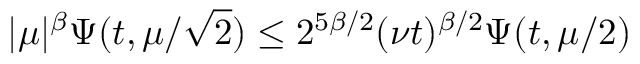
| \mu | ^ { \beta } \Psi ( t , \mu / \sqrt { 2 } ) \leq 2 ^ { 5 \beta / 2 } ( \nu t ) ^ { \beta / 2 } \Psi ( t , \mu / 2 )